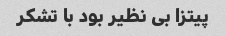
پیتزا بی نظیر بود با تشکر